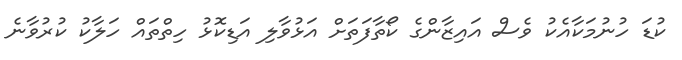
ކުޑަ ހުނުމަކާއެކު ވެސް އައިޒާންގެ ކޯތާފަތަށް އަޅުވާލި އަޑިކޮޅު ހިތްތައް ހަލާކު ކުރުވާނެ